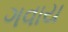
ગવાય